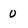
Character: O